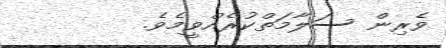
ވެރިން ސަލާމަތްކުރެއްވީމެވެ.